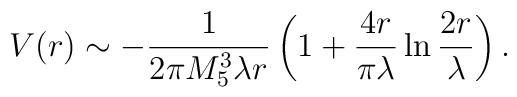
V(r) \sim -\frac{1}{2 \pi M_5^3 \lambda r}\left( 1 + \frac{4 r}{\pi \lambda} \ln \frac{2 r}{\lambda} \right).